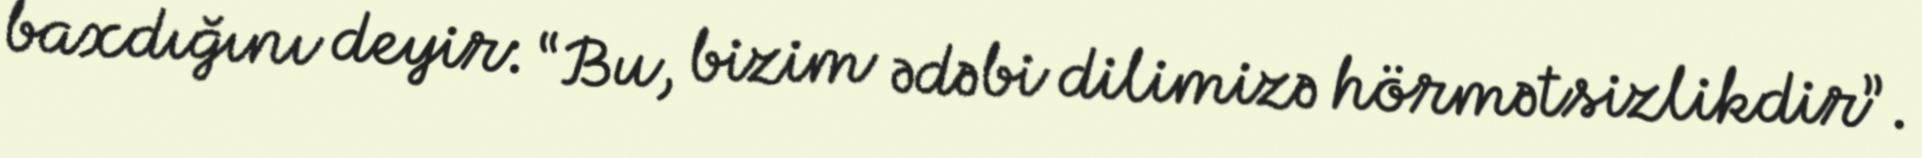
baxdığını deyir: “Bu, bizim ədəbi dilimizə hörmətsizlikdir”.